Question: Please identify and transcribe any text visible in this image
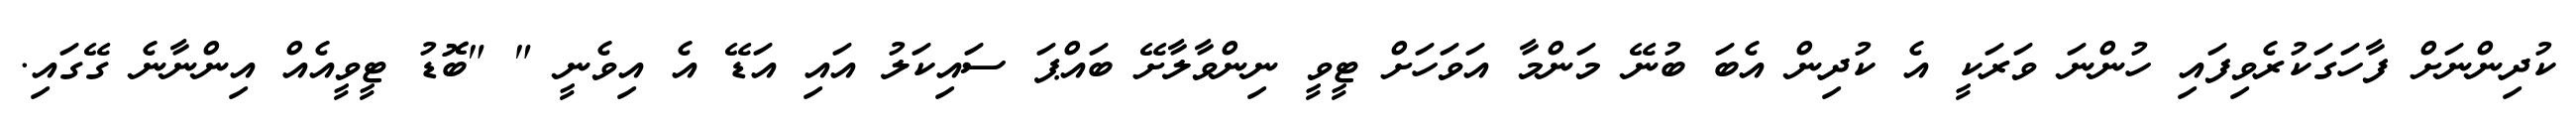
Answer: ކުދިންނަށް ފާހަގަކުރެވިފައި ހުންނަ ވަރަކީ އެ ކުދިން އެބަ ބުނޭ މަންމާ އަވަހަށް ޓީވީ ނިންވާލާށޭ ބައްޕަ ސައިކަލު އައި އަޑޭ އެ އިވެނީ " "ބޮޑު ޓީވީއެއް އިންނާނެ ގޭގައި.